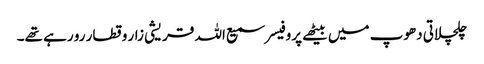
چلچلاتی دھوپ میں بیٹھے پروفیسر سمیع اللہ قریشی زار و قطار رو رہے تھے۔